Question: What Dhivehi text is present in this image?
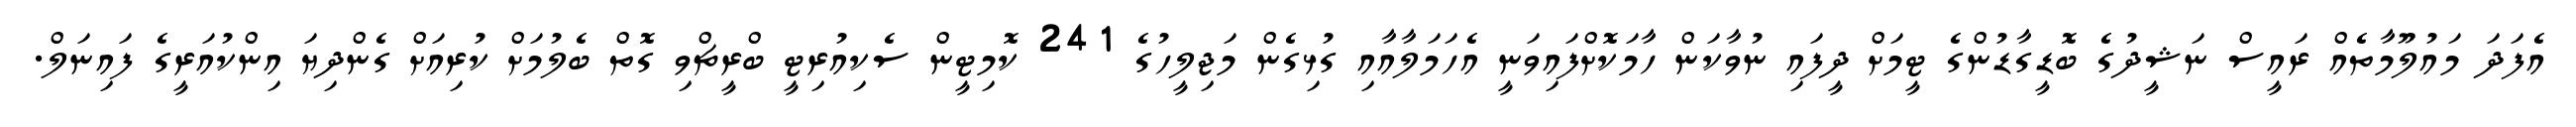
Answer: އެފަދަ މައުލޫމާތެއް ރައީސް ނަޝީދުގެ ބޮޑީގާޑުންގެ ޓީމަށް ދީފައި ނުވާކަން ހާމަކޮށްފައިވަނީ އެހަމަލާއާއި ގުޅިގެން މަޖިލީހުގެ 241 ކޮމިޓީން ސެކިއުރިޓީ ބްރީޗްވި ގޮތް ބެލުމަށް ކުރިއަށް ގެންދިޔަ އިންކުއަރީގެ ފައިނަލް.